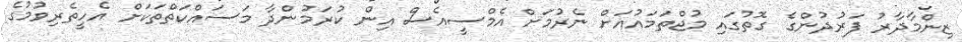
ޒިންމާދާރު ފަރުދުންގެ ގޮތުގައި މުޖްތަމައުއަށް ނެރުމަށް އެމްސީއެސް އިން ކުރަމުންދާ މަސައްކަތްތަކަށް އެހީތެރިވުމުގެ